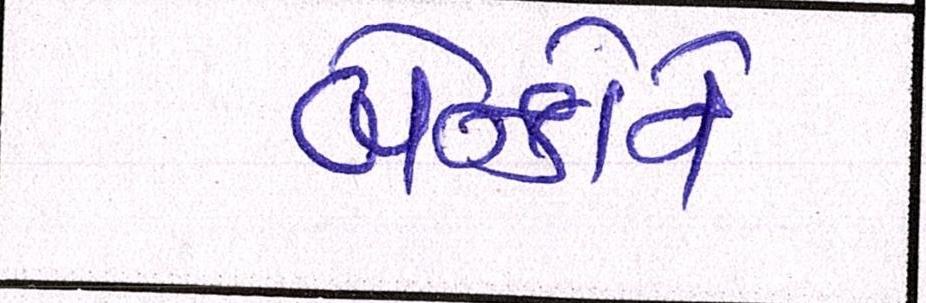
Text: બેન્કોને